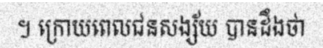
។ ក្រោយពេលជនសង្ស័យ បានដឹងថា